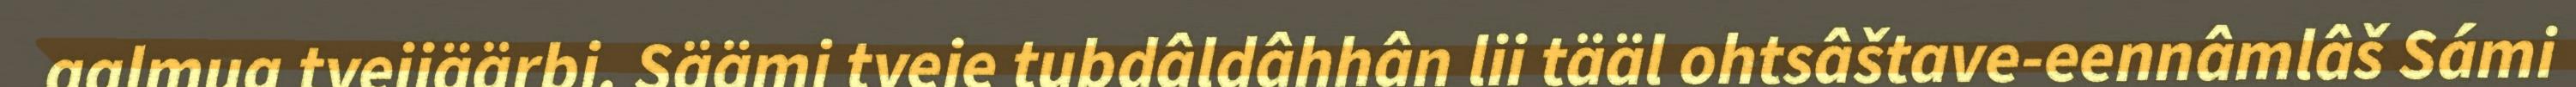
aalmug tyejiäärbi. Säämi tyeje tubdâldâhhân lii tääl ohtsâštave-eennâmlâš Sámi